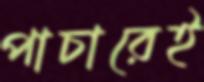
পাচারেই